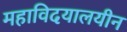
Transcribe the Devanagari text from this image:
महाविदयालयीन